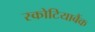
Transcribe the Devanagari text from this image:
स्कोटियाबैंक